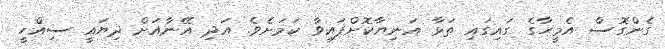
ގެންގޮސް އެމީހާގެ ގައިގައި ތަޅާ އަނިޔާކޮށްފައިވާ ކަމަށެވެ. އަދި އޭނާއަށް ދިޔައީ ސިއްހީ